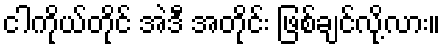
ငါကိုယ်တိုင် အဲဒီ အတိုင်း ဖြစ်ချင်လို့လား။